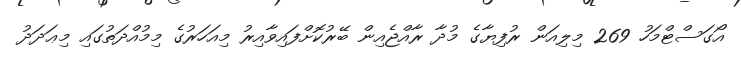
އޯގަސްޓްމަހު 269 މިލިއަން ރުފިޔާގެ މުދާ ރާއްޖެއިން ބޭރުކޮށްފައިވާއިރު މިއަހަރުގެ މިމުއްދަތުގައި މިޢަދަދު